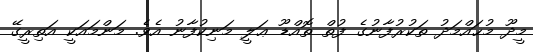
މީދޫ މުޙައްމަދު ތަކުރުފާނުގެ ފުތް ތޮއްޑޫ ޢަލީ މަނިކުފާނު އެވެ. މަންމައަކީ އަތިރީގޭ